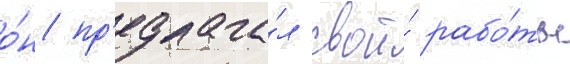
о́н пр'едлага́л свои́ рабо́ты